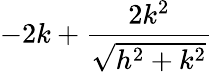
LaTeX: -2k+\frac{2k^{2}}{\sqrt{h^{2}+k^{2}}}